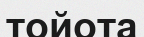
тойота